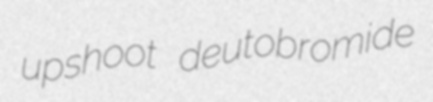
upshoot deutobromide